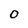
Character: O